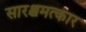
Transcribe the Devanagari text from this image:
सारश्चमत्कार